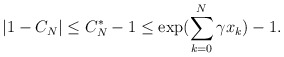
\begin{align*}|1 - C_N| \leq C_N^* - 1 \leq \exp( \sum \limits_{k=0}^N \gamma x_k ) - 1.\end{align*}